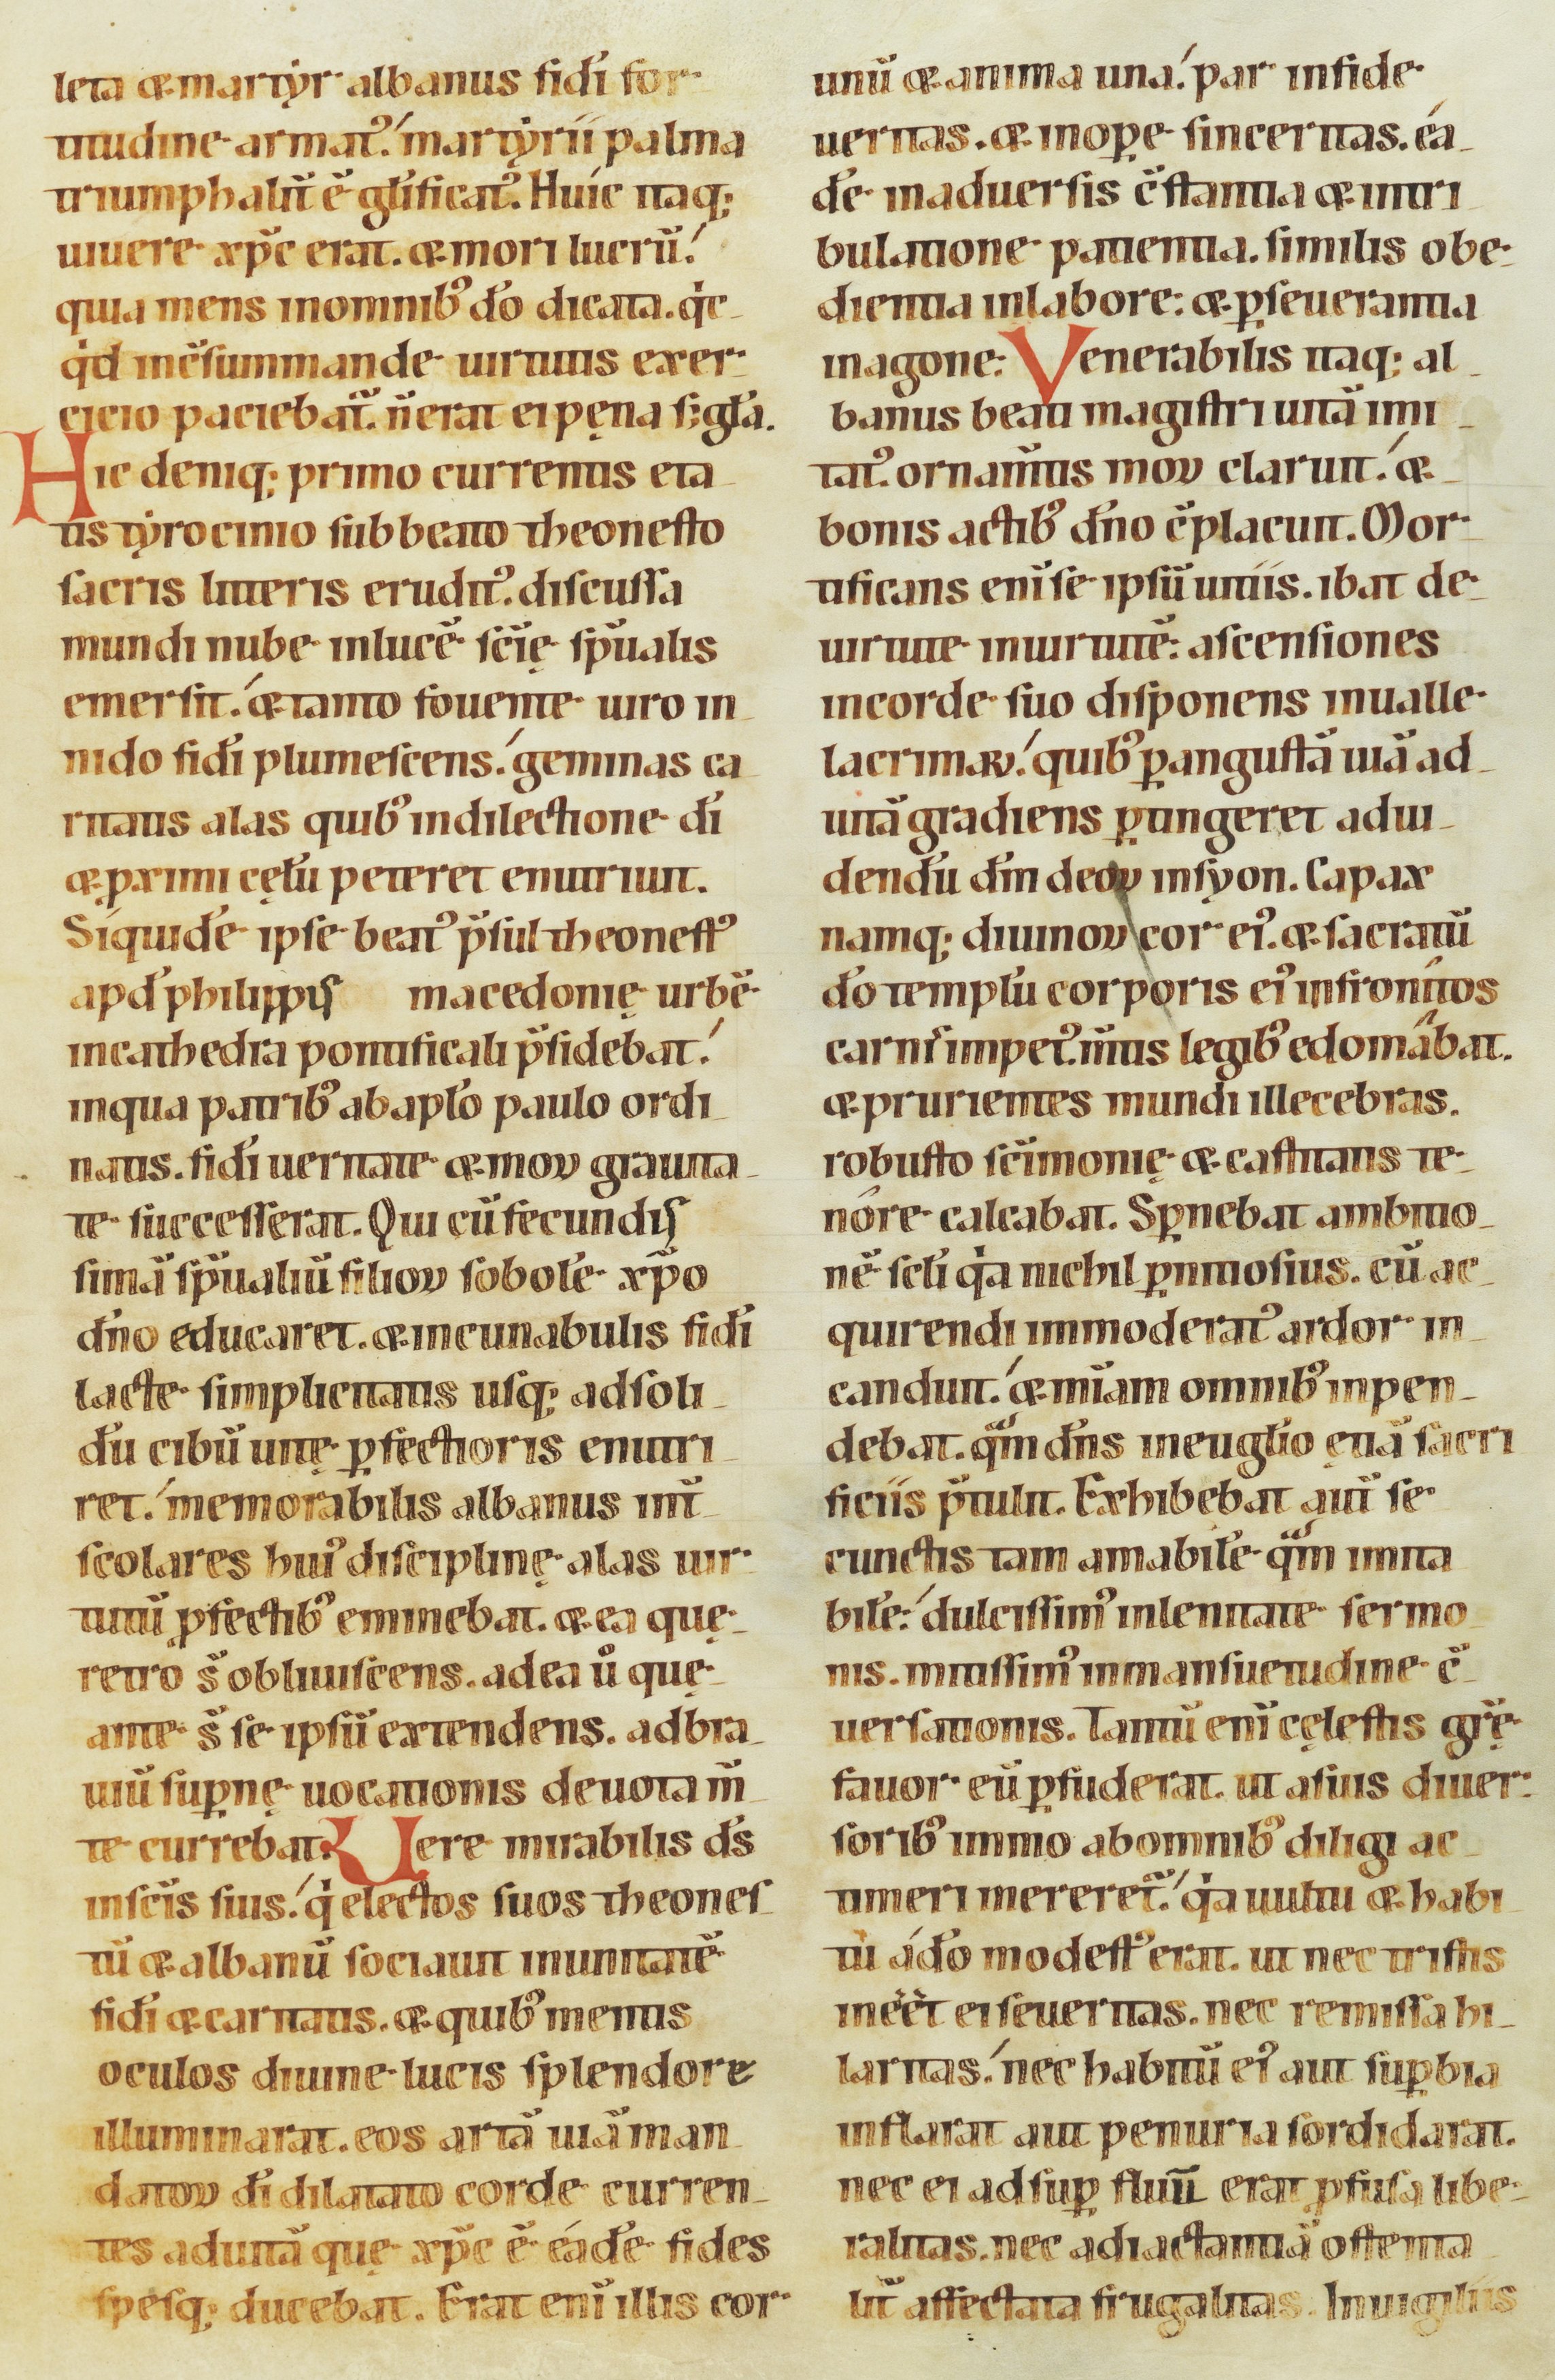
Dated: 1100–1199